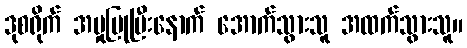
ဒုစရိုက် အမှုပြုပြီးနောက် အောက်သွားသူ အထက်သွားသူ။